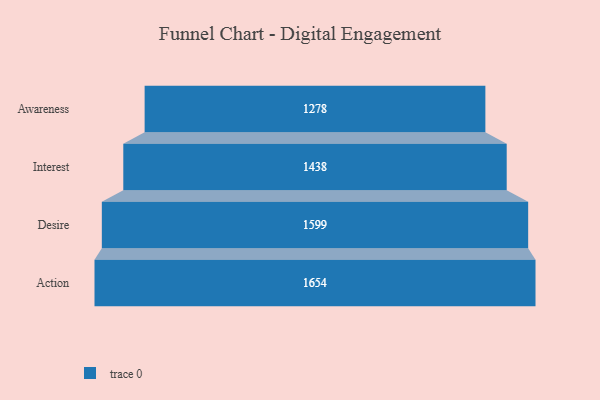
{"axis": {"x": "Stage", "y": "Value"}, "legend": [""], "data": [{"x": "Awareness", "y": 1278.0, "type": ""}, {"x": "Interest", "y": 1438.0, "type": ""}, {"x": "Desire", "y": 1599.0, "type": ""}, {"x": "Action", "y": 1654.0, "type": ""}]}